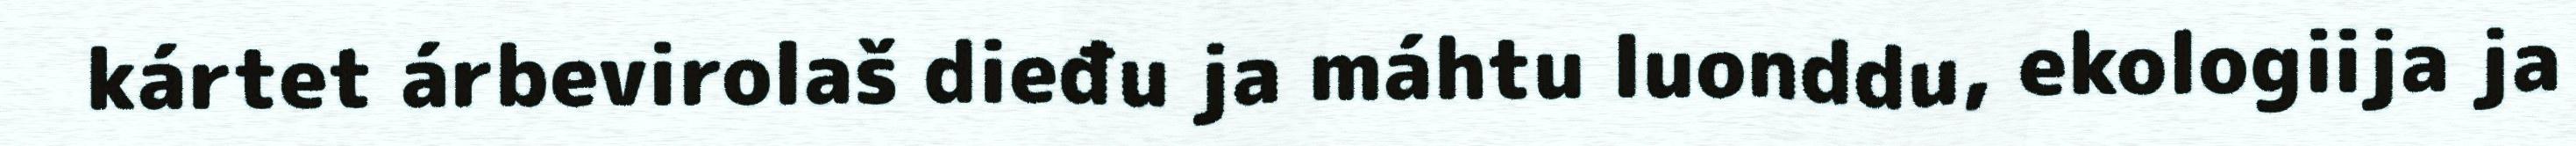
kártet árbevirolaš dieđu ja máhtu luonddu, ekologiija ja